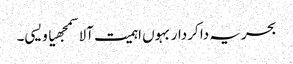
بحریہ دا کردار بہوں اہمیت آلا سمجھیا ویسی۔